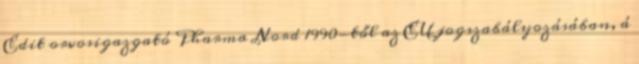
Edit orvosigazgató Pharma Nord 1990-től az EU jogszabályozásában, á